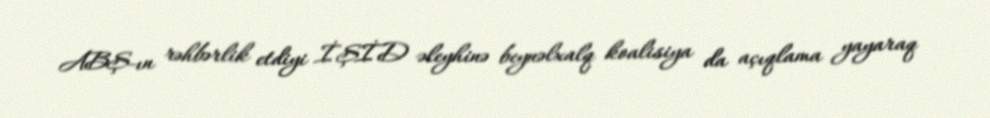
ABŞ-ın rəhbərlik etdiyi İŞİD əleyhinə beynəlxalq koalisiya da açıqlama yayaraq